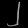
Digit: ၂